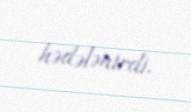
hədələnirdi.